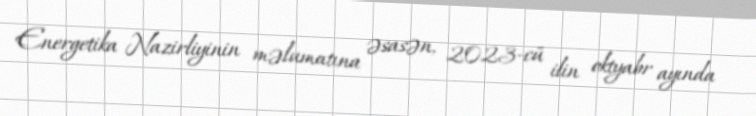
Energetika Nazirliyinin məlumatına əsasən, 2023-cü ilin oktyabr ayında